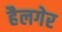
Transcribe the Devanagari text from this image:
हैलगेर